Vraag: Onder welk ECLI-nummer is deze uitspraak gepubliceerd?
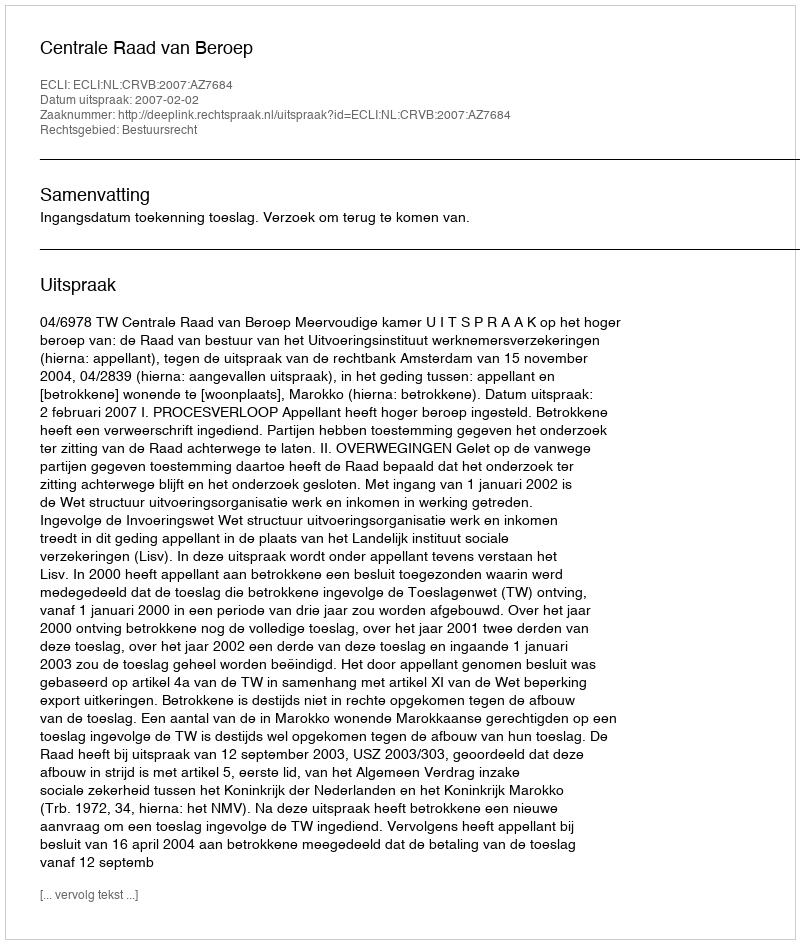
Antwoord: ECLI:NL:CRVB:2007:AZ7684